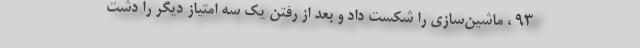
93 ، ماشین‌سازی را شکست داد و بعد از رفتن یک سه امتیاز دیگر را دشت